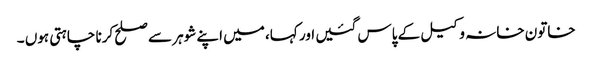
خاتون خانہ وکیل کے پاس گئیں اور کہا، میں اپنے شوہر سے صلح کرنا چاہتی ہوں ۔